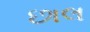
છાલ